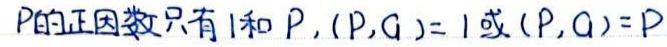
$P$的正因数只有$1$和$P,(P,G)=1$或$(P,G)=P$